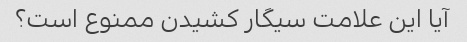
آیا این علامت سیگار کشیدن ممنوع است؟